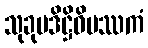
သုခုမဒိဋ္ဌိဝိပဿကံ